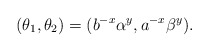
\begin{align*} (\theta_1,\theta_2)=(b^{-x}\alpha^y,a^{-x}\beta^y) .\end{align*}